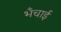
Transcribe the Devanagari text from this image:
भँचाई